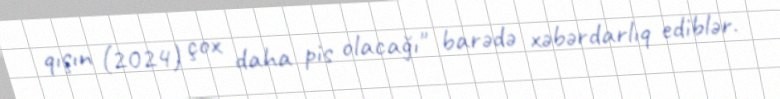
qışın (2024) çox daha pis olacağı" barədə xəbərdarlıq ediblər.